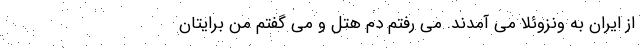
از ایران به ونزوئلا می‌ آمدند. می‌ رفتم دم هتل و می‌ گفتم من برایتان